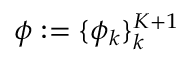
\phi : = \{ \phi _ { k } \} _ { k } ^ { K + 1 }